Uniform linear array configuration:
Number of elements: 64
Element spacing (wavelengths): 0.75
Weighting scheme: uniform
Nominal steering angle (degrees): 15
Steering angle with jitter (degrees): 16.247
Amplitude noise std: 0.05
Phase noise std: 0.05

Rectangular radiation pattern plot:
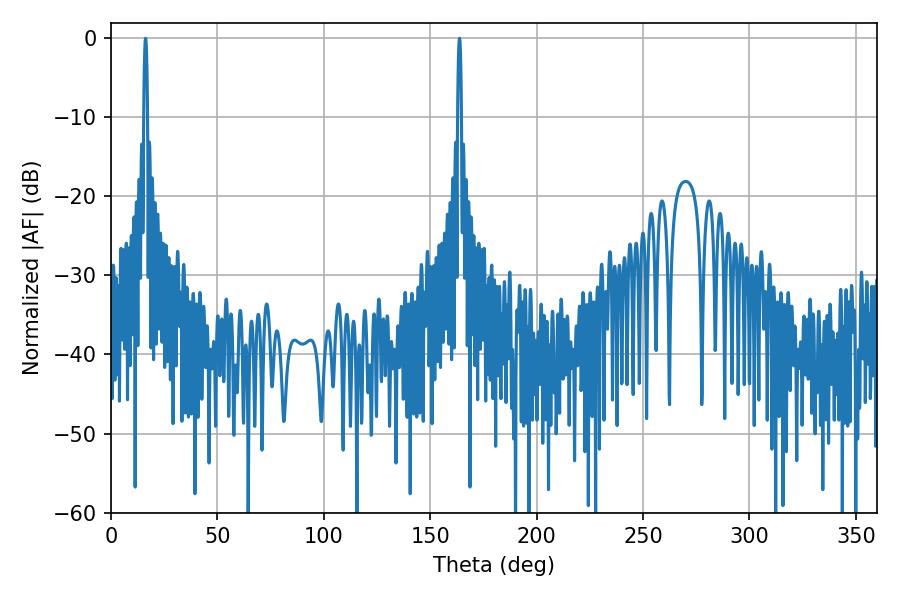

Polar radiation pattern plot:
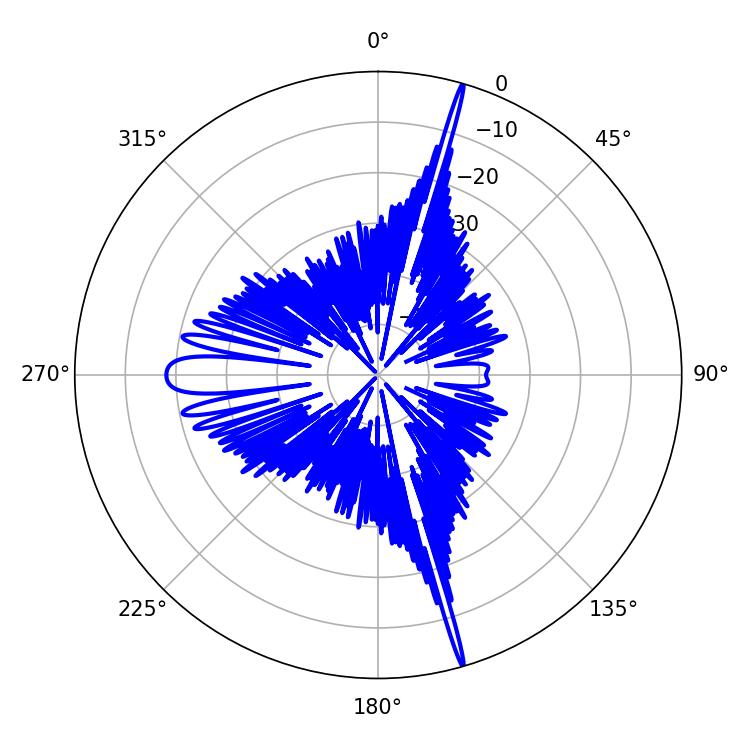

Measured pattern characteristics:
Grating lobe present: TRUE
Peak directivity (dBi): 24.121
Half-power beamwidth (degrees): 0.9
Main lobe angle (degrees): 16.2